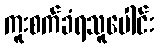
ကူးစက်ခံရသူပေါင်း